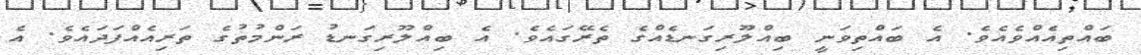
ބައްތިއެއްވެއެވެ. އެ ބައްތިވަނީ ބިއްލޫރިގަނޑެއްގެ ތެރޭގައެވެ. އެ ބިއްލޫރިގަނޑު ރަންމުތުގެ ތަރިއެއްފަދައެވެ. އެ